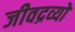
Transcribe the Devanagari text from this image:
जीवद्रव्यों